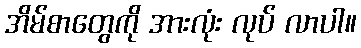
အိမ်စာတွေကို အားလုံး လုပ် လာပါ။